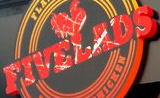
EIVELADS